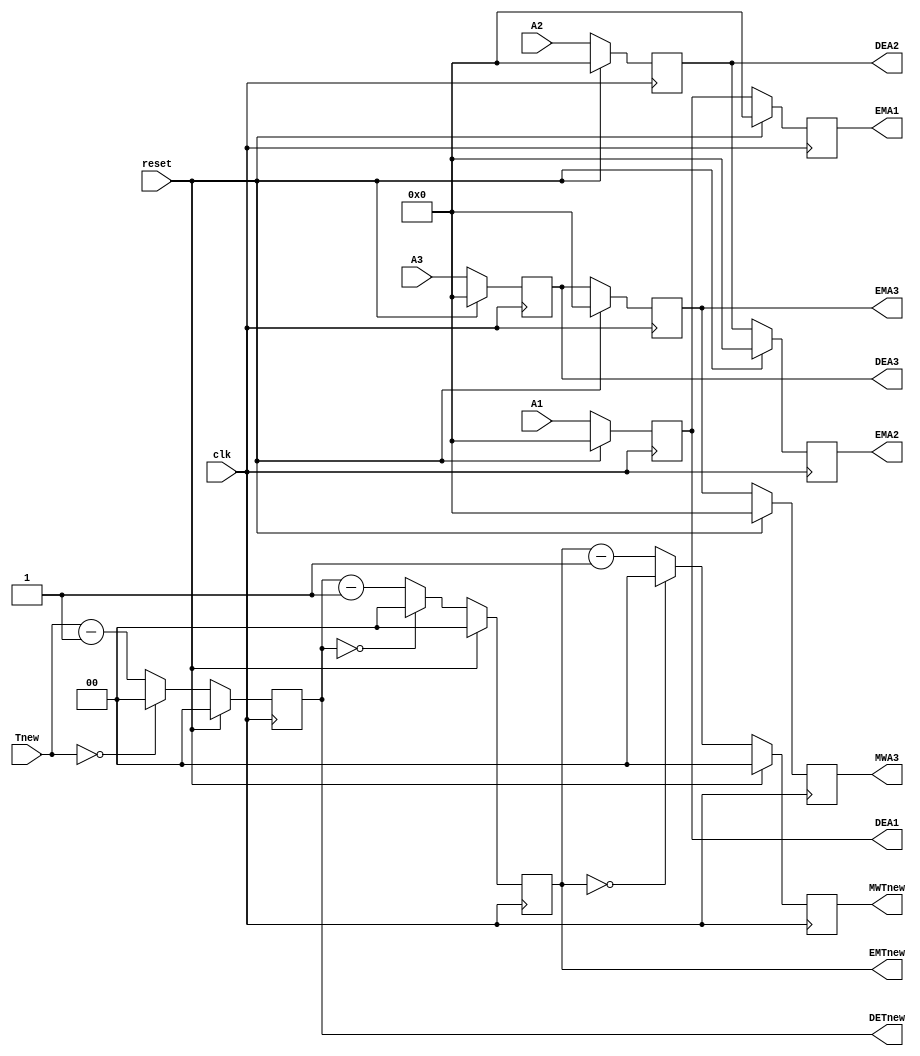
`timescale 1ns / 1ps
//////////////////////////////////////////////////////////////////////////////////
// Company: 
// Engineer: 
// 
// Design Name: 
// Module Name:    CTreg 
// Project Name: 
// Target Devices: 
// Tool versions: 
// Description: 
//
// Dependencies: 
//
// Revision: 
// Revision 0.01 - File Created
// Additional Comments: 
//
//////////////////////////////////////////////////////////////////////////////////
module CTreg(
	input clk,
	input reset,
    input [4:0] A1,
    input [4:0] A2,
    input [4:0] A3,
    input [1:0] Tnew,
	output reg [4:0] DEA1,
    output reg [4:0] DEA2,
    output reg [4:0] DEA3,
    output reg [1:0] DETnew,
    output reg [4:0] EMA1,
    output reg [4:0] EMA2,
    output reg [4:0] EMA3,
    output reg [1:0] EMTnew,
//	output reg [4:0] MWA1,
//	output reg [4:0] MWA2,
    output reg [4:0] MWA3,
    output reg [1:0] MWTnew
    );
	
	always@(posedge clk)
	begin
		if(reset)
		begin
			DEA1<=0;
			DEA2<=0;
			DEA3<=0;
			DETnew<=0;
			EMA1<=0;
			EMA2<=0;
			EMA3<=0;
			EMTnew<=0;
//			MWA1<=0;
//			MWA2<=0;
			MWA3<=0;
			MWTnew<=0;
		end
		else
		begin
			DEA1<=A1;
			DEA2<=A2;
			DEA3<=A3;
			DETnew<=Tnew==0?2'd0:Tnew-2'd1;
			EMA1<=DEA1;
			EMA2<=DEA2;
			EMA3<=DEA3;
			EMTnew<=DETnew==0?2'd0:DETnew-2'd1;
//			MWA1<=EMA1;
//			MWA2<=EMA2;
			MWA3<=EMA3;
			MWTnew<=EMTnew==0?2'd0:EMTnew-2'd1;
		end
	end

endmodule